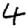
Digit: 4